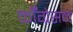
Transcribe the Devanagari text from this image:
कॉँग्रेसने